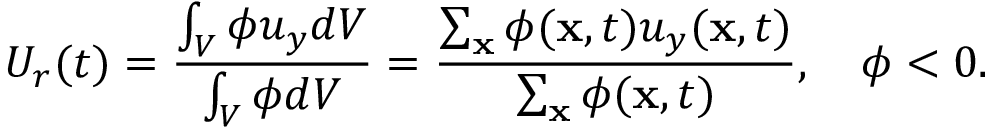
U _ { r } ( t ) = \frac { \int _ { V } \phi u _ { y } d V } { \int _ { V } \phi d V } = \frac { \sum _ { \mathbf { x } } \phi ( \mathbf { x } , t ) u _ { y } ( \mathbf { x } , t ) } { \sum _ { \mathbf { x } } \phi ( \mathbf { x } , t ) } , \quad \phi < 0 .